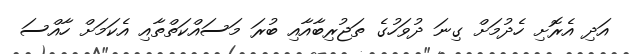
އަދި އެރޮށި ހެދުމަށް ގިނަ ދުވަހުގެ ތަޖުރިބާއާއި ބުރަ މަސައްކަތްތާއި އެކަމަށް ހާއްސަ